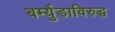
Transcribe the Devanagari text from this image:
बर्म्युडाविरुद्ध